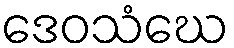
ဒေဝသံဃေ